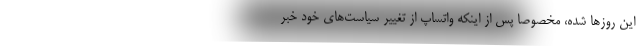
این روزها شده، مخصوصا پس از اینکه واتساپ از تغییر سیاست‌های خود خبر